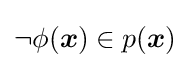
\lnot \phi ({\boldsymbol {x}})\in p({\boldsymbol {x}})